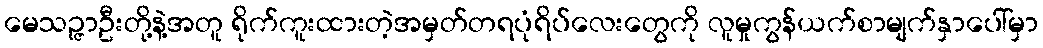
မေသဉ္ဇာဦးတို့နဲ့အတူ ရိုက်ကူးထားတဲ့အမှတ်တရပုံရိပ်လေးတွေကို လူမှုကွန်ယက်စာမျက်နှာပေါ်မှာ